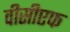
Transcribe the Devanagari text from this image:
वीसीएफ